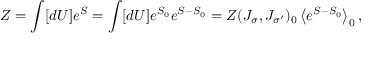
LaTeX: Z = \int [ d U ] e ^ { S } = \int [ d U ] e ^ { S _ { 0 } } e ^ { S - S _ { 0 } } = Z ( J _ { \sigma } , J _ { \sigma ^ { \prime } } ) _ { 0 } \left\langle e ^ { S - S _ { 0 } } \right\rangle _ { 0 } ,